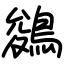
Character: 鵕